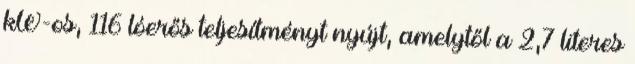
kW-os, 116 lóerős teljesítményt nyújt, amelytől a 2,7 literes